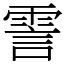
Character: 霅